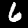
Label: 6